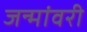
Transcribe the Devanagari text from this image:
जन्मांवरी